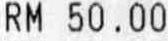
RM 50.00